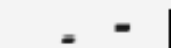
.  -